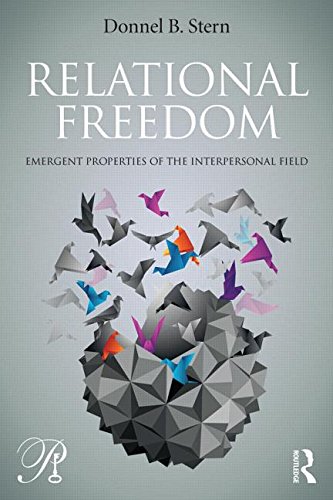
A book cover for Relational Freedom: Emergent Properties of the Interpersonal Field (Psychoanalysis in a New Key Book Series); Donnel  B. Stern; Medical Books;